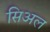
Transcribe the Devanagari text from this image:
सिअल